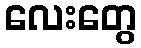
လေးတွေ